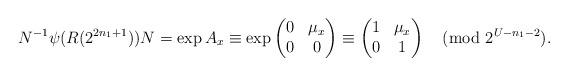
LaTeX: \begin{align*}N^{-1} \psi(R(2^{2n_1+1}))N=\exp A_x \equiv \exp \left( \begin{matrix}0 & \mu_x \\ 0 & 0 \end{matrix} \right) \equiv \left( \begin{matrix}1 & \mu_x \\ 0 & 1 \end{matrix} \right) \pmod {2^{U-n_1-2}}.\end{align*}